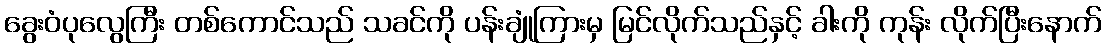
ခွေးဝံပုလွေကြီး တစ်ကောင်သည် သခင်ကို ပန်းချုံကြားမှ မြင်လိုက်သည်နှင့် ခါးကို ကုန်း လိုက်ပြီးနောက်